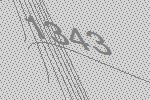
1343